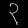
Digit: ၃